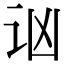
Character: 讻